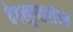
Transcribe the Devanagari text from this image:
देगलूरकरांच्या